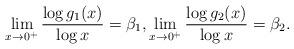
LaTeX: \begin{align*} \lim_{x\to 0^+}\frac{\log g_1(x)}{\log x}=\beta_1, \lim_{x\to 0^+}\frac{\log g_2(x)}{\log x}=\beta_2.\end{align*}